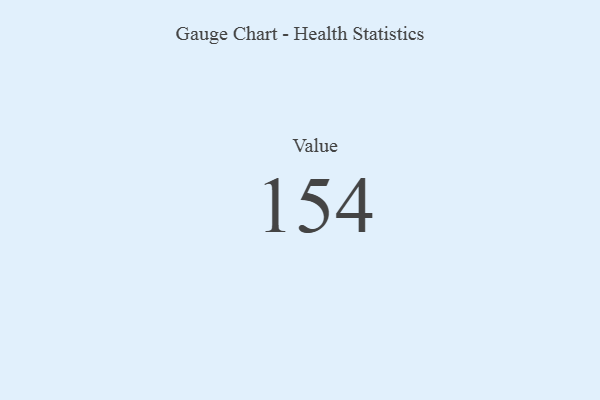
{"axis": {"x": "Metric", "y": "Value"}, "legend": [""], "data": [{"x": "Value", "y": 154, "type": ""}]}